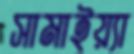
সামাইয়্যা